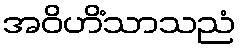
အဝိဟိံသာသညံ